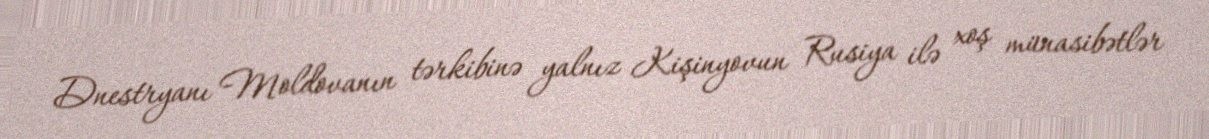
Dnestryanı Moldovanın tərkibinə yalnız Kişinyovun Rusiya ilə xoş münasibətlər